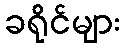
ခရိုင်များ